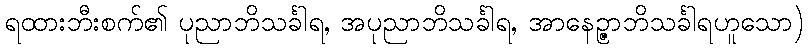
ရထားဘီးစက်၏ ပုညာဘိသင်္ခါရ, အပုညာဘိသင်္ခါရ, အာနေဉ္ဇာဘိသင်္ခါရဟူသော)